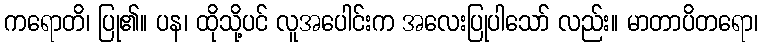
ကရောတိ၊ ပြု၏။ ပန၊ ထိုသို့ပင် လူအပေါင်းက အလေးပြုပါသော် လည်း။ မာတာပိတရော၊